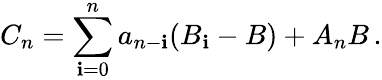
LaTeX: C_{n}=\sum_{\mathbf{i}=0}^{n}a_{n-\mathbf{i}}(B_{\mathbf{i}}-B)+A_{n}B\, .